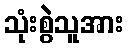
သုံးစွဲသူအား